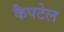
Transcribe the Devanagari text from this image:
कैपटेल